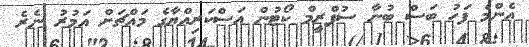
އެންމެ ފަހު ބަސް ބުނާ ސުޕްރީމް ކޯޓުން އަސްކަރިއްޔާގެ މައްޗަށް އަމުރު ނެރެ